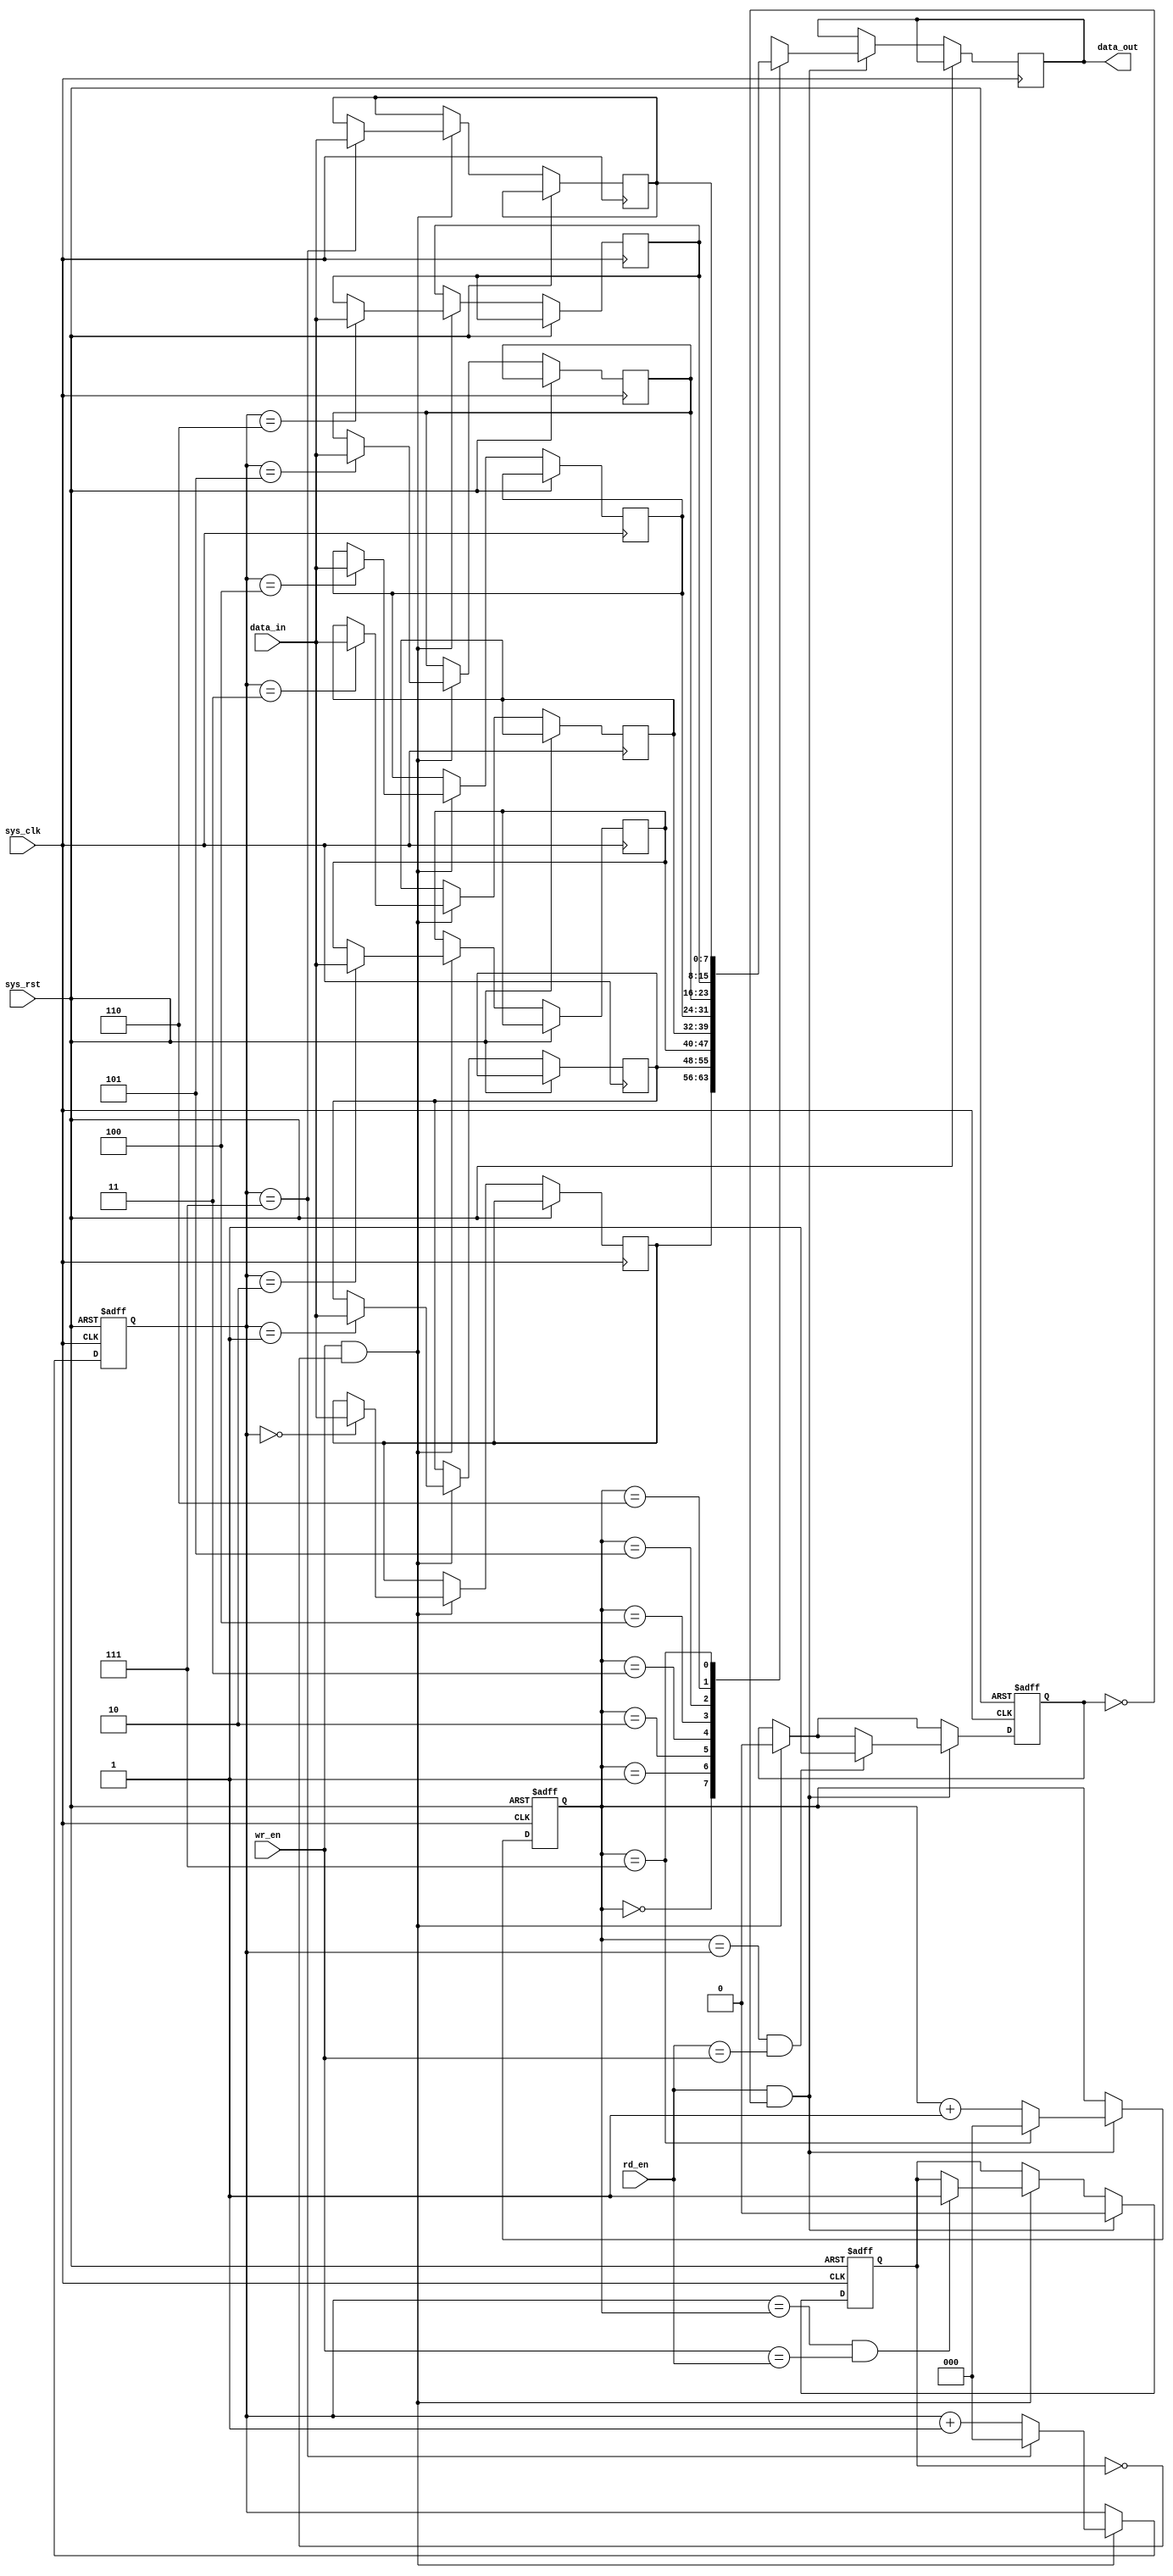
module FIFO (
  input wire sys_clk,
  input wire sys_rst,
  input wire wr_en,
  input wire rd_en,
  input wire [7:0] data_in,
  output reg [7:0] data_out
);

reg [7:0] fifo_buffer [0:7];
reg [2:0] wr_ptr;
reg [2:0] rd_ptr;
reg full;
reg empty;

always @(posedge sys_clk or posedge sys_rst) begin
  if (sys_rst) begin
    wr_ptr <= 3'b000;
    rd_ptr <= 3'b000;
    full <= 1'b0;
    empty <= 1'b1;
  end
  else begin
    if (wr_en && ~full) begin
      fifo_buffer[wr_ptr] <= data_in;
      wr_ptr <= (wr_ptr == 3'b111) ? 3'b000 : wr_ptr + 1;
      empty <= 1'b0;
      if ((wr_ptr == rd_ptr) && (wr_en == rd_en)) begin
        full <= 1'b1;
      end
    end
    if (rd_en && ~empty) begin
      data_out <= fifo_buffer[rd_ptr];
      rd_ptr <= (rd_ptr == 3'b111) ? 3'b000 : rd_ptr + 1;
      full <= 1'b0;
      if ((rd_ptr == wr_ptr) && (rd_en == wr_en)) begin
        empty <= 1'b1;
      end
    end
  end
end

endmodule